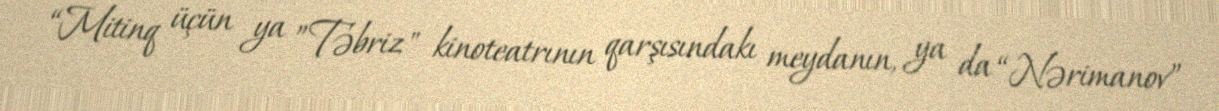
“Mitinq üçün ya ”Təbriz" kinoteatrının qarşısındakı meydanın, ya da “Nərimanov”